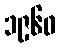
၁၉၆၀